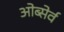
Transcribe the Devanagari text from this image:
ओब्सेर्व